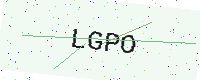
Text: LGPO